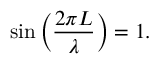
\sin \left( { \frac { 2 \pi L } { \lambda } } \right) = 1 .